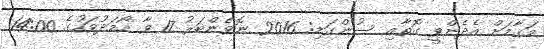
މަޤާމަށް އެދެންވީ ގޮތާއި ސުންގަޑި: 2016 ނޮވެންބަރު 17 ވާ ހޯމަދުވަހުގެ 14:00